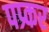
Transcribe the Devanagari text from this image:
पप्र्कर